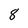
Character: 8